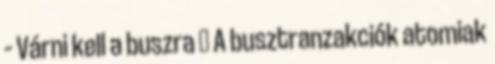
– Várni kell a buszra ● A busztranzakciók atomiak